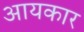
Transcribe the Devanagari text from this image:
आयकार